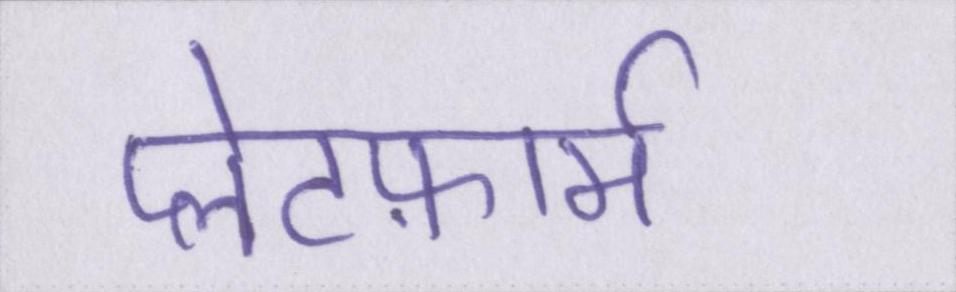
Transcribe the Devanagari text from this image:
प्लेटफ़ार्म